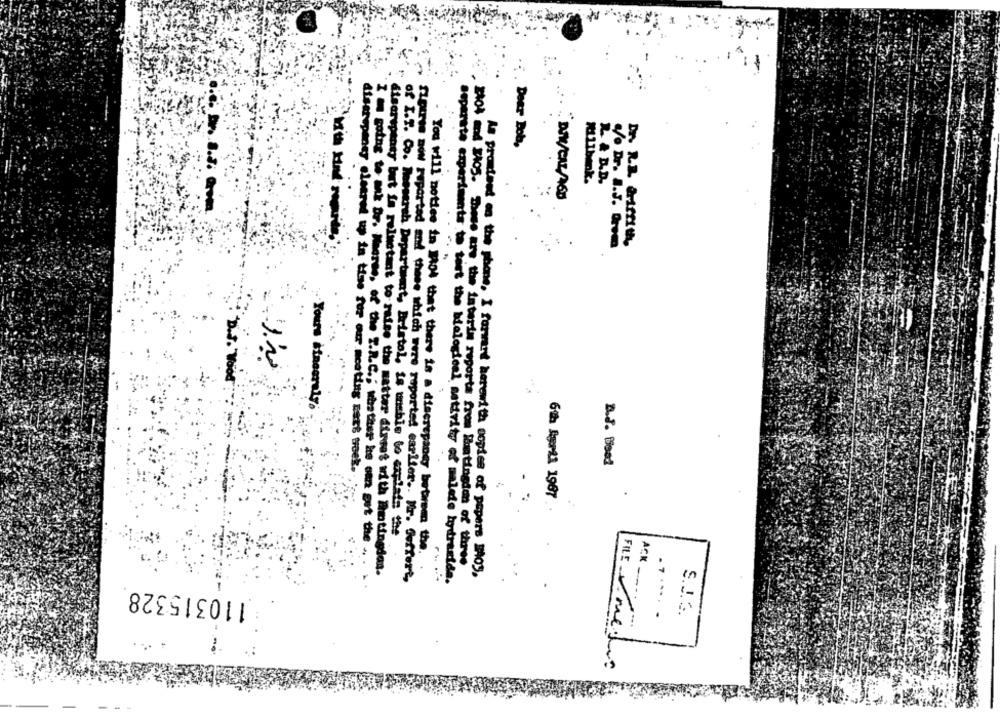
Dear Bob,
L. & D.D.
Milbank
DIW/CAL/AGO
Lo Dr. A.J. Drem
Yours sincerely.
A.d. Blood
disarspaney cleared up in tise for our meeting next week.
..
6th April 1967
Z m going to ank Dr. Meerse, of the T.R.C .; whatiter ke can get the
of I.T. Co. Resersh Department, Bristol, is unsbis to explain the
. You will nettee in 104 that there is a discrepancy between the.
2404 mnd 3105. These are the interim reports from latingion of three
disorspanty but is reluctant to raise the matter dirset with Antingdan.
As promised on the phone, I forward herewith copies of papers "Aoy.
figurve now reported and those which were reported earlier .. Mr. Seffort,
separate experiments to test the biological nativity of malede hydrazide.
110315328
S.J. 3.
.7 .... .
Ack-
FILE /medio